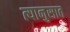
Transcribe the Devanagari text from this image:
त्यानुसात